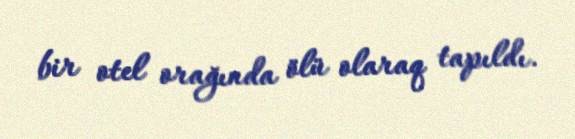
bir otel orağında ölü olaraq tapıldı.